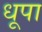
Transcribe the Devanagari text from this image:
धूपा